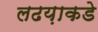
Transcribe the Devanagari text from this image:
लढय़ाकडे